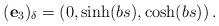
LaTeX: \begin{align*}(\mathbf{e}_{3})_{\delta}=\left( 0,\sinh (bs),\cosh (bs)\right).\end{align*}